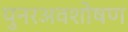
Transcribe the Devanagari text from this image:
पुनरअवशोषण